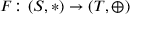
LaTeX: F \colon ( S , * ) \rightarrow ( T , \oplus )